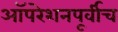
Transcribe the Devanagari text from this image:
ऑपरेशनपूर्वीच